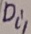
Text: Di1